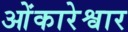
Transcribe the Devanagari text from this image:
ओंकारेश्वार